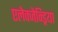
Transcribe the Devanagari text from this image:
एलेक्जेन्ड्रिया